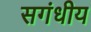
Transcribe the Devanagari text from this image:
सगंधीय